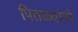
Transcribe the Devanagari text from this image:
पितळ्यांनी